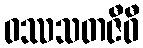
ဝဿသတဇီဝီ